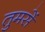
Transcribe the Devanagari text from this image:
तुमसें